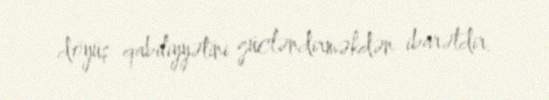
döyüş qabiliyyətini gücləndirməkdən ibarətdir.